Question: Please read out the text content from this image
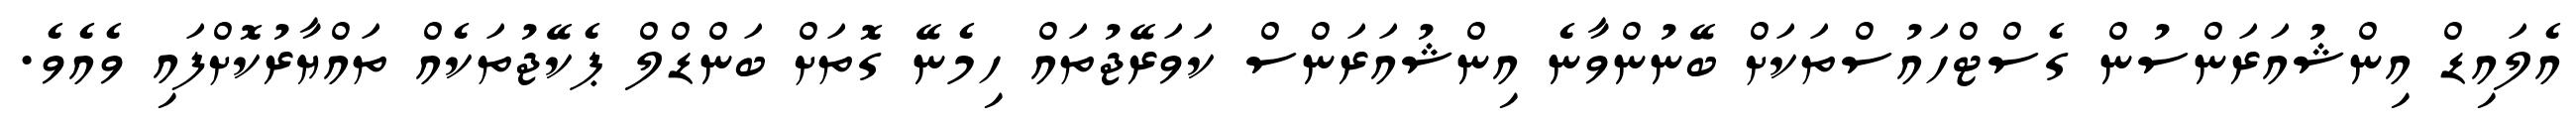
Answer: އެލައިޑް އިންޝުއަރަންސުން ގެސްޓްހައުސްތަކަށް ބޭނުންވާނެ އިންޝުއަރަންސް ކަވަރޭޖުތައް ހިމެނޭ ގޮތަށް ބަންޑްލް ޕެކޭޖުތަކެއް ތައްޔާރުކޮށްފައި ވެއެވެ.